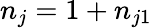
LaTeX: n_{j}=1+n_{j1}